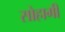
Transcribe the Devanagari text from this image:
सोहागी